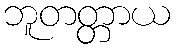
ဘူတတ္တာယ